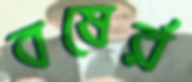
বষের্র